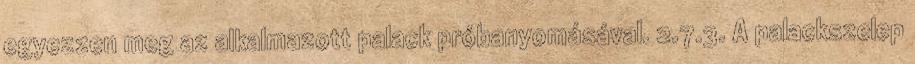
egyezzen meg az alkalmazott palack próbanyomásával. 2.7.3. A palackszelep